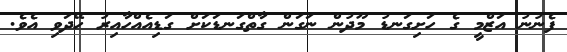
ފެނުނު އަޒްމީ ގެ ހަށިގަނޑު މޫދުން ނަގަން ގާތްގަނޑަކަށް ގަޑިއެއްހާއިރު ހޭދަވި އެވެ.